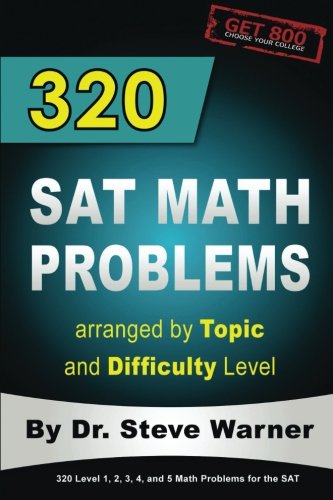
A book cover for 320 SAT Math Problems arranged by Topic and Difficulty Level; Steve Warner; Science & Math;